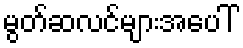
မွတ်ဆလင်များအပေါ်